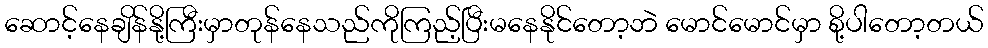
ဆောင့်နေချိန်နို့ကြီးမှာတုန်နေသည်ကိုကြည့်ပြီးမနေနိုင်တော့ဘဲ မောင်မောင်မှာ စို့ပါတော့တယ်